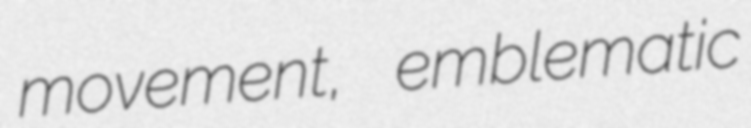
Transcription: movement, emblematic